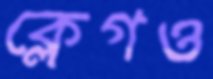
ক্লেগও